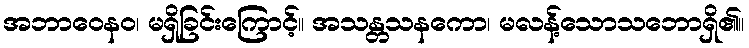
အဘာဝေနဝ၊ မရှိခြင်းကြောင့်။ အသန္တသနကော၊ မလန့်သောသဘောရှိ၏။